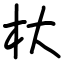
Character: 杕